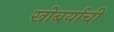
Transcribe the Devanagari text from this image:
खोबर्याची